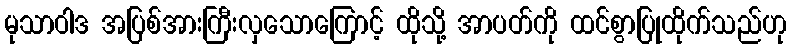
မုသာဝါဒ အပြစ်အားကြီးလှသောကြောင့် ထိုသို့ အာပတ်ကို ထင်စွာပြုထိုက်သည်ဟု